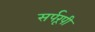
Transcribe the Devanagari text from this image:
सर्परूपी